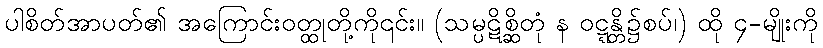
ပါစိတ်အာပတ်၏ အကြောင်းဝတ္ထုတို့ကို၎င်း။ (သမ္ပဋိစ္ဆိတုံ န ဝဋ္ဋန္တိ၌စပ်၊) ထို ၄-မျိုးကို